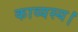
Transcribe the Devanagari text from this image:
काव्यस्य।